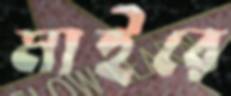
মাইরে